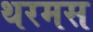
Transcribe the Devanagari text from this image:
थरमस